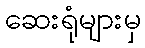
ဆေးရုံများမှ